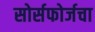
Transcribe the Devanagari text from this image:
सोर्सफोर्जचा